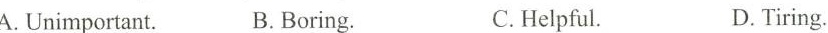
A.Unimportant. B.Borng. C.Helpful D.Tiring.